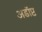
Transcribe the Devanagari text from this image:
अडॉप्ट